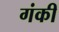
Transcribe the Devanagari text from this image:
गंकी